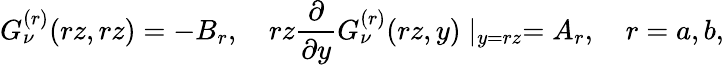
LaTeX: G_{\nu}^{(r)}(rz,rz)=-B_{r},\quad rz\frac{\partial}{\partial y}G_{\nu}^{(r)}(rz,y)\mid_{y=rz}=A_{r},\quad r=a,b,